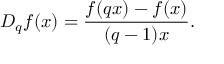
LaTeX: D _ { q } f ( x ) = { \frac { f ( q x ) - f ( x ) } { ( q - 1 ) x } } .